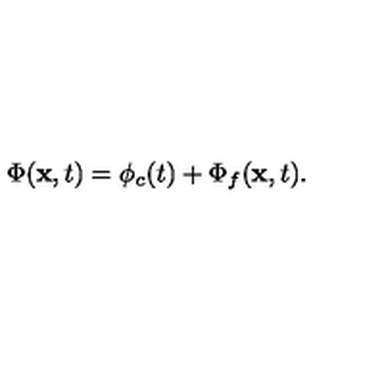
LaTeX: \Phi ( { \bf x } , t ) = \phi _ { c } ( t ) + \Phi _ { f } ( { \bf x } , t ) .